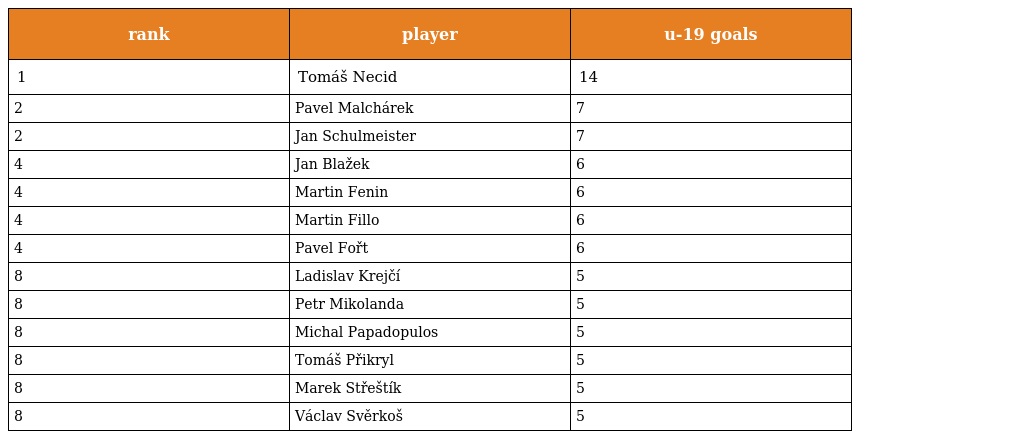
| rank | player | u-19 goals |
 | --- | --- | --- |
 | 1 | Tomáš Necid | 14 |
 | 2 | Pavel Malchárek | 7 |
 | 2 | Jan Schulmeister | 7 |
 | 4 | Jan Blažek | 6 |
 | 4 | Martin Fenin | 6 |
 | 4 | Martin Fillo | 6 |
 | 4 | Pavel Fořt | 6 |
 | 8 | Ladislav Krejčí | 5 |
 | 8 | Petr Mikolanda | 5 |
 | 8 | Michal Papadopulos | 5 |
 | 8 | Tomáš Přikryl | 5 |
 | 8 | Marek Střeštík | 5 |
 | 8 | Václav Svěrkoš | 5 |